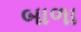
બાળા